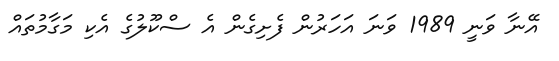
އޭނާ ވަނީ 1989 ވަނަ އަހަރުން ފެށިގެން އެ ސްކޫލުގެ އެކި މަގާމުތައް